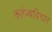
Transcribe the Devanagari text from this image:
कर्तव्यविचार